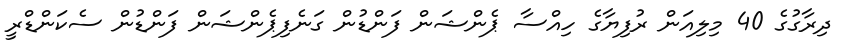
ދިރާގުގެ 40 މިލިއަން ރުފިޔާގެ ހިއްސާ ޕެންޝަން ފަންޑުން ގަނެފިޕެންޝަން ފަންޑުން ސެކަންޑްރީ